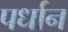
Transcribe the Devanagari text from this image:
पर्धान